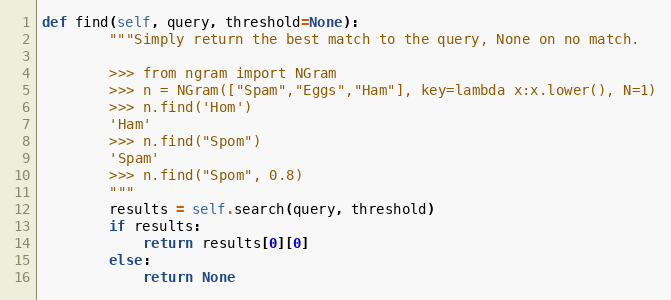
Language: Python
def find(self, query, threshold=None):
        """Simply return the best match to the query, None on no match.

        >>> from ngram import NGram
        >>> n = NGram(["Spam","Eggs","Ham"], key=lambda x:x.lower(), N=1)
        >>> n.find('Hom')
        'Ham'
        >>> n.find("Spom")
        'Spam'
        >>> n.find("Spom", 0.8)
        """
        results = self.search(query, threshold)
        if results:
            return results[0][0]
        else:
            return None